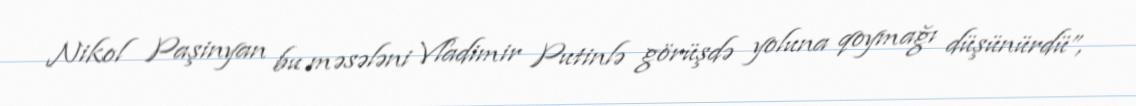
Nikol Paşinyan bu məsələni Vladimir Putinlə görüşdə yoluna qoymağı düşünürdü”,